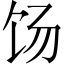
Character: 饧